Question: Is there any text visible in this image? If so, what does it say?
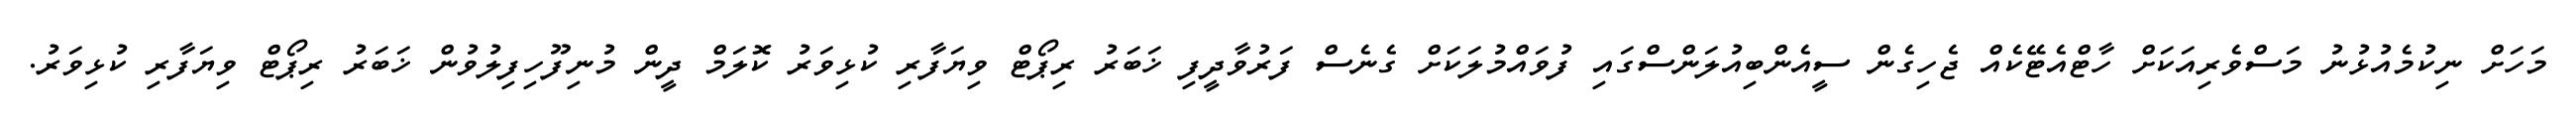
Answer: މަހަށް ނިކުމެއުޅުނު މަސްވެރިއަކަށް ހާޓްއެޓޭކެއް ޖެހިގެން ސީއެންބިއުލަންސްގައި ފުވައްމުލަކަށް ގެނެސް ފަރުވާދީފި ޚަބަރު ރިޕޯޓް ވިޔަފާރި ކުޅިވަރު ކޮލަމް ދީން މުނިފޫހިފިލުވުން ޚަބަރު ރިޕޯޓް ވިޔަފާރި ކުޅިވަރު.